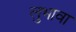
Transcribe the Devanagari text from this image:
लुभावा